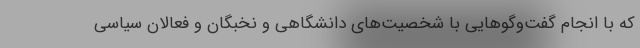
که با انجام گفت‌وگوهایی با شخصیت‌های دانشگاهی و نخبگان و فعالان سیاسی